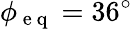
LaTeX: \phi_{\mathrm{~e~q~}}=36^{\circ}